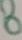
Text: 8